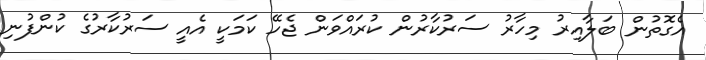
އެގޮތުން ބަލާއިރު މިހާރު ސަރުކާރުން ކުރައްވަން ޖެހޭ ކަމަކީ އެއީ ސަރުކާރުގެ ކުންފުނި